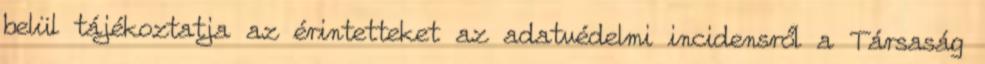
belül tájékoztatja az érintetteket az adatvédelmi incidensről a Társaság